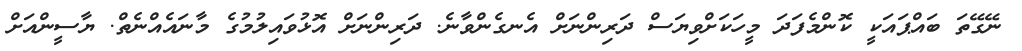
ނޭގޭތަ ބައްޕައަކީ ކޮންމެފަދަ މީހަކަށްވިޔަސް ދަރިންނަށް އެނގެންވާނެ. ދަރިންނަށް އޮޅުވައިލުމުގެ މާނައެއްނެތް. ޔާސީންއަށް